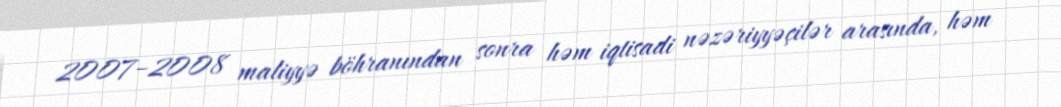
2007–2008 maliyyə böhranından sonra həm iqtisadi nəzəriyyəçilər arasında, həm